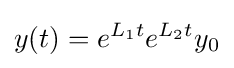
y(t)=e^{L_{1}t}e^{L_{2}t}y_{0}